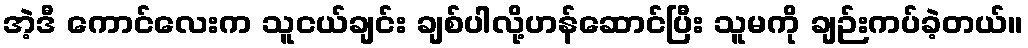
အဲ့ဒီ ကောင်လေးက သူငယ်ချင်း ချစ်ပါလို့ဟန်ဆောင်ပြီး သူမကို ချဉ်းကပ်ခဲ့တယ်။